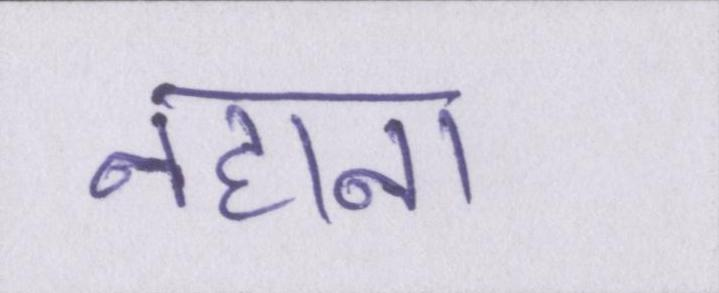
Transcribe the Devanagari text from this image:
नहाना